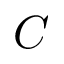
C